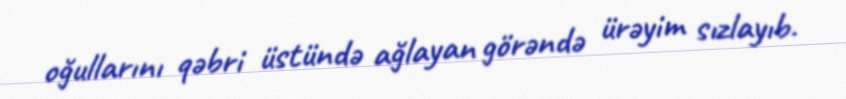
oğullarını qəbri üstündə ağlayan görəndə ürəyim sızlayıb.